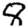
Digit: 8